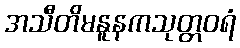
အသီတိမနူနကသုတ္တဝရံ